Indian journal of veterinary science and animal husbandry - Volume 8,
Year: 1938
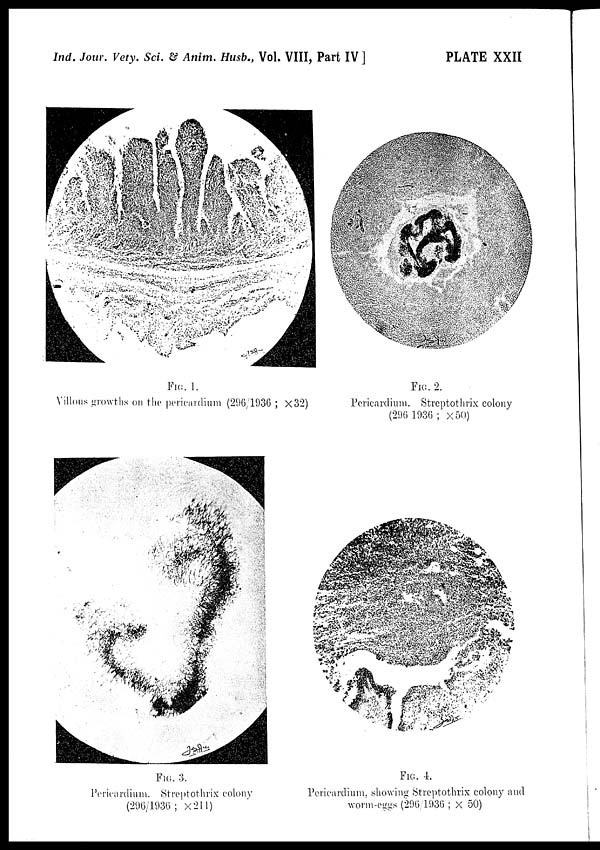
Ind. Jour. Vety. Sci. & Anim. Husb., Vol. VIII, Part IV ]
PLATE XXII
FIG. 1.
Villous growths on the pericardium (296/1936 ; × 32)
FIG. 2.
Pericardium. Streptothrix colony
(296 1936 ; × 50)
FIG. 3.
Pericardium. Streptothrix colony
(296/1936; × 211)
FIG. 4.
Pericardium, showing Streptothrix colony and
worm-eggs (296/1936 ; × 50)